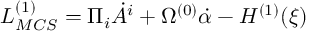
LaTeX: { \cal L } _ { M C S } ^ { ( 1 ) } = \Pi _ { i } \dot { A } ^ { i } + \Omega ^ { ( 0 ) } \dot { \alpha } - { \cal H } ^ { ( 1 ) } ( \xi )